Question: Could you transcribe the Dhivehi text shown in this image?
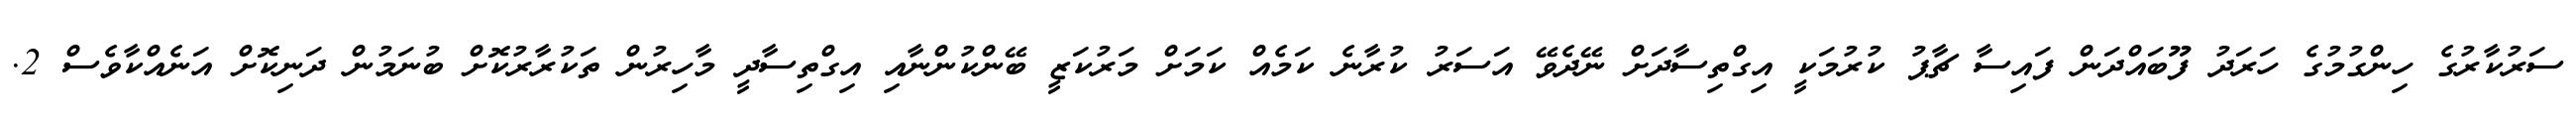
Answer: ސަރުކާރުގެ ހިންގުމުގެ ހަރަދު ފޫބައްދަން ފައިސާ ޗާޕު ކުރުމަކީ އިގްތިސާދަށް ނޭދެވޭ އަސަރު ކުރާނެ ކަމެއް ކަމަށް މަރުކަޒީ ބޭންކުންނާއި އިގްތިސާދީ މާހިރުން ތަކުރާރުކޮށް ބުނަމުން ދަނިކޮށް އަނެއްކާވެސް 2.